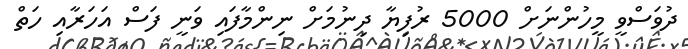
ދުވަސްވީ މީހުންނަށް 5000 ރުފިޔާ ދިނުމަށް ނިންމާފައި ވަނީ ފަސް އަހަރާއި ހަތް